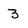
Character: 3